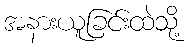
အနားယူခြင်းထဲသို့